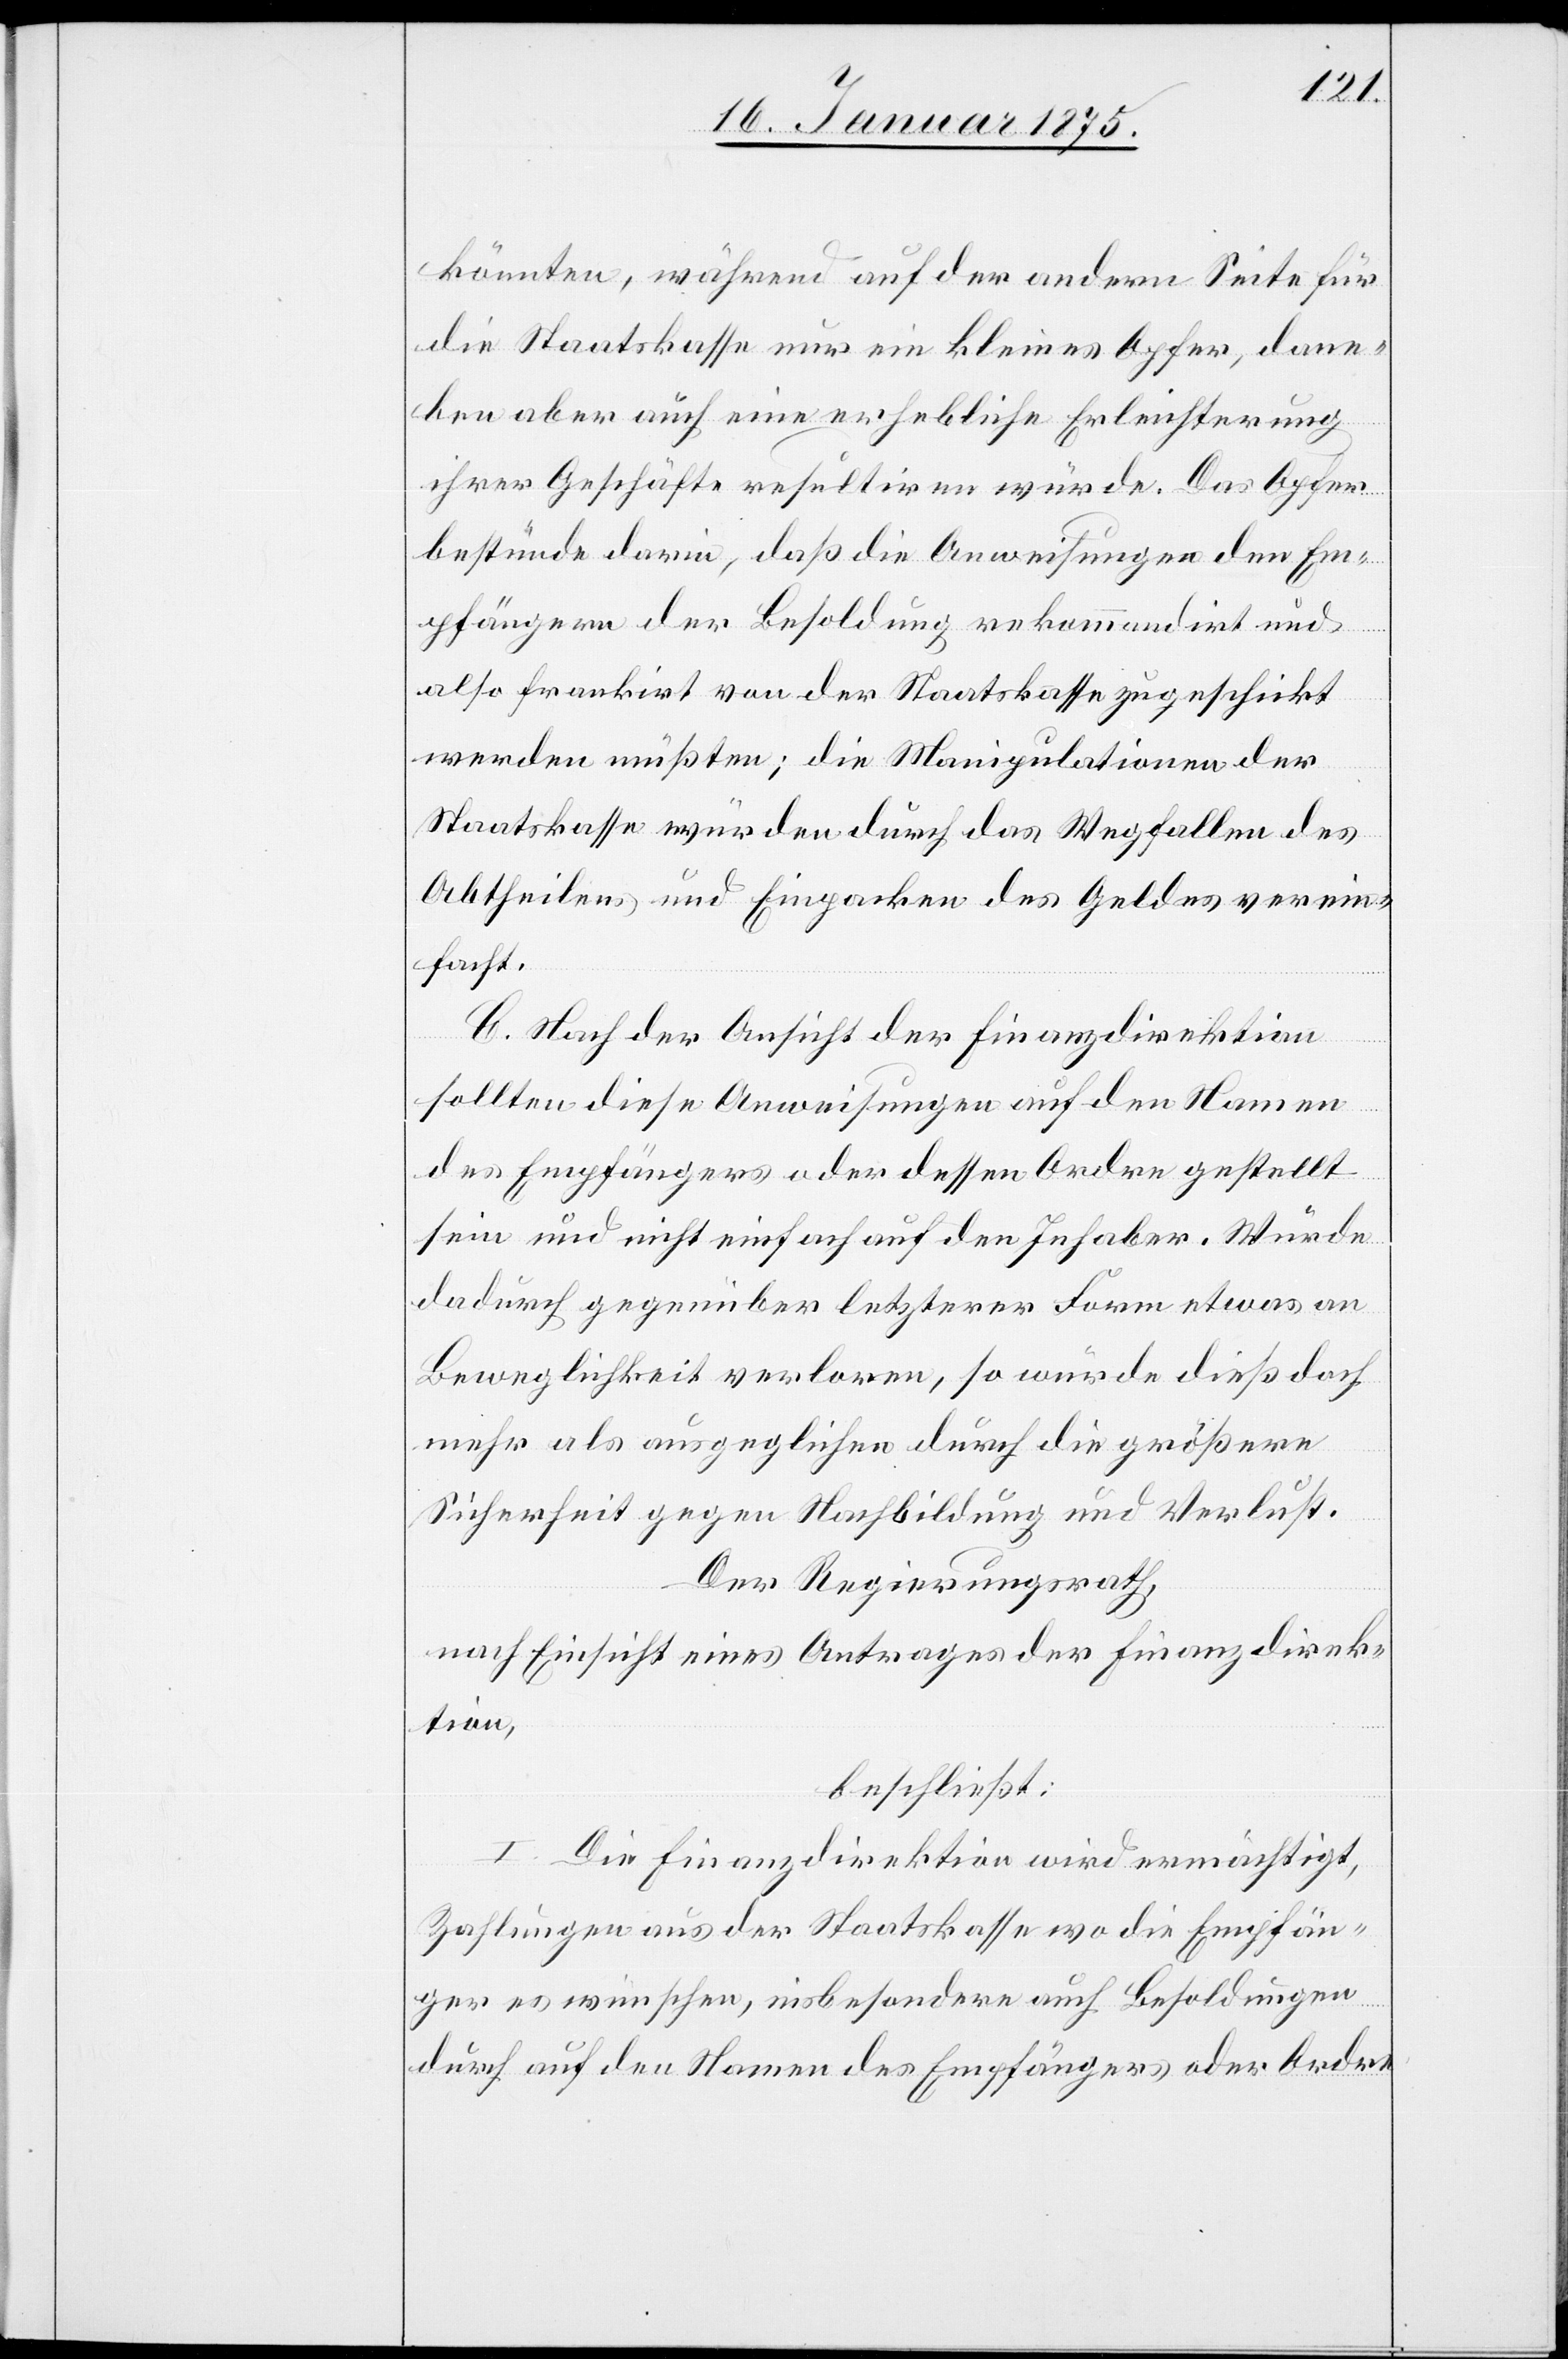
könnten, während auf der andern Seite für
die Staatskasse nur ein kleines Opfer, dane¬
ben aber auch eine erhebliche Erleichterung
ihrer Geschäfte resultiren würde. Das Opfer
bestünde darin, daß die Anweisungen den Em¬
pfängern der Besoldung rekommandirt und
also frankirt von der Staatskasse zugeschickt
werden müßten; die Manipulationen der
Staatskasse würden durch das Wegfallen des
Abtheilens und Einpacken des Geldes verein¬
facht.
C. Nach der Ansicht der Finanzdirektion
sollten diese Anweisungen auf den Namen
des Empfängers oder dessen Ordre gestellt
sein und nicht einfach auf den Inhaber. Würde
dadurch gegenüber letzterer Form etwas an
Beweglichkeit verloren, so würde dies doch
mehr als ausgeglichen durch die größere
Sicherheit gegen Nachbildung und Verlust.
Der Regierungsrath,
nach Einsicht eines Antrages der Finanzdirek¬
tion,
beschließt:
I. Die Finanzdirektion wird ermächtigt,
Zahlungen aus der Staatskasse wo die Empfän¬
ger es wünschen, insbesondere auch Besoldungen
durch auf den Namen des Empfängers oder Ordre